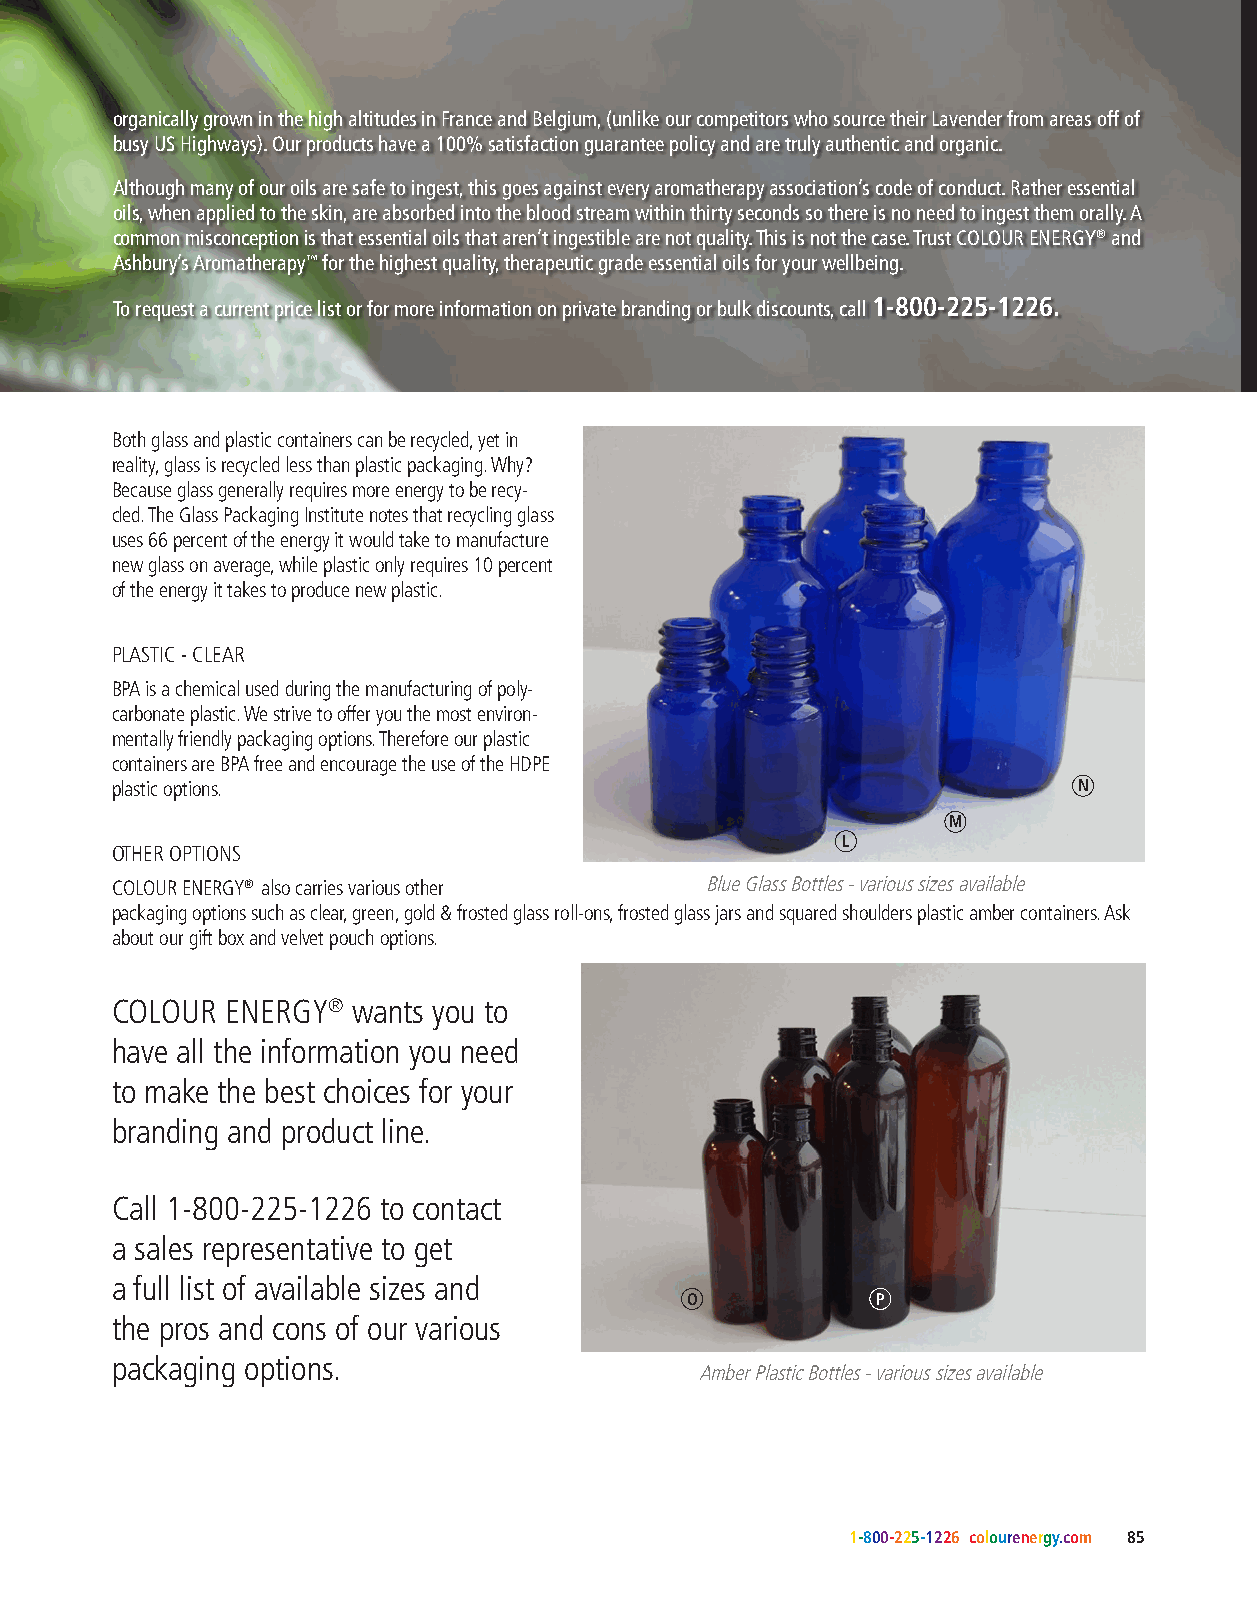
organically grown in the high altitudes in France and Belgium, (unlike our competitors who source their Lavender from areas off of
 busy US Highways). Our products have a 100% satisfaction guarantee policy and are truly authentic and organic.
 Although many of our oils are safe to ingest, this goes against every aromatherapy association’s code of conduct. Rather essential
 oils, when applied to the skin, are absorbed into the blood stream within thirty seconds so there is no need to ingest them orally. A
 common misconception is that essential oils that aren’t ingestible are not quality. This is not the case. Trust COLOUR ENERGY® and
 Ashbury’s Aromatherapy™ for the highest quality, therapeutic grade essential oils for your wellbeing.
 To request a current price list or for more information on private branding or bulk discounts, call 1-800-225-1226.
 Both glass and plastic containers can be recycled, yet in
 reality, glass is recycled less than plastic packaging. Why?
 Because glass generally requires more energy to be recy-
 cled. The Glass Packaging Institute notes that recycling glass
 uses 66 percent of the energy it would take to manufacture
 new glass on average, while plastic only requires 10 percent
 of the energy it takes to produce new plastic.
 PLASTIC - CLEAR
 BPA is a chemical used during the manufacturing of poly-
 carbonate plastic. We strive to offer you the most environ-
 mentally friendly packaging options. Therefore our plastic
 containers are BPA free and encourage the use of the HDPE
 plastic options.                                                N
 M
 L
 OTHER OPTIONS
 COLOUR ENERGY® also carries various other Blue Glass Bottles - various sizes available
 packaging options such as clear, green, gold & frosted glass roll-ons, frosted glass jars and squared shoulders plastic amber containers. Ask
 about our gift box and velvet pouch options.
 COLOUR  ENERGY® wants you to
 have all the information you need
 to make the best choices for your
 branding and product line.
 Call 1-800-225-1226 to contact
 a sales representative to get
 a full list of available sizes and
 O            P
 the pros and cons of our various
 packaging options.
 Amber Plastic Bottles - various sizes available
 1-800-225-1226 colourenergy.com 85